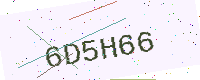
Text: 6D5H66